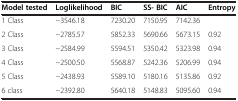
<table><thead><tr><td><b>Model tested</b></td><td><b>Loglikelihood</b></td><td><b>BIC</b></td><td><b>SS- BIC</b></td><td><b>AIC</b></td><td><b>Entropy</b></td></tr></thead><tbody><tr><td>1 Class</td><td>-3546.18</td><td>7230.20</td><td>7150.95</td><td>7142.36</td><td> </td></tr><tr><td>2 Class</td><td>-2785.57</td><td>5852.33</td><td>5690.66</td><td>5673.15</td><td>0.92</td></tr><tr><td>3 Class</td><td>-2584.99</td><td>5594.51</td><td>5350.42</td><td>5323.98</td><td>0.94</td></tr><tr><td>4 Class</td><td>-2500.50</td><td>5568.87</td><td>5242.36</td><td>5206.99</td><td>0.94</td></tr><tr><td>5 Class</td><td>-2438.93</td><td>5589.10</td><td>5180.16</td><td>5135.86</td><td>0.92</td></tr><tr><td>6 class</td><td>-2392.80</td><td>5640.18</td><td>5148.83</td><td>5095.60</td><td>0.94</td></tr></tbody></table>